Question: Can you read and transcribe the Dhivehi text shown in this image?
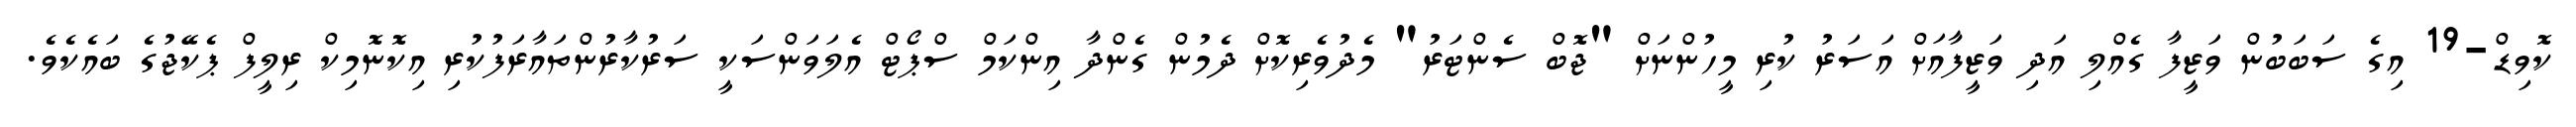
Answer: ކޮވިޑް-19 އިގެ ސަބަބުން ވަޒީފާ ގެއްލި އަދި ވަޒީފާއަށް އަސަރު ކުރި މީހުންނަށް "ޖޮބް ސެންޓަރު" މެދުވެރިކޮށް ދެމުން ގެންދާ އިންކަމް ސްޕޯޓް އެލަވަންސަކީ ސަރުކާރުންތައާރަފުކުރި އިކޮނޮމިކް ރިލީފް ޕެކޭޖުގެ ބައެކެވެ.